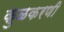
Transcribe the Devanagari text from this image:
कुळकरणी